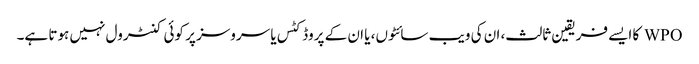
WPO کا ایسے فریقین ثالث، ان کی ویب سائٹوں، یا ان کے پروڈکٹس یا سروسز پر کوئی کنٹرول نہیں ہوتا ہے۔